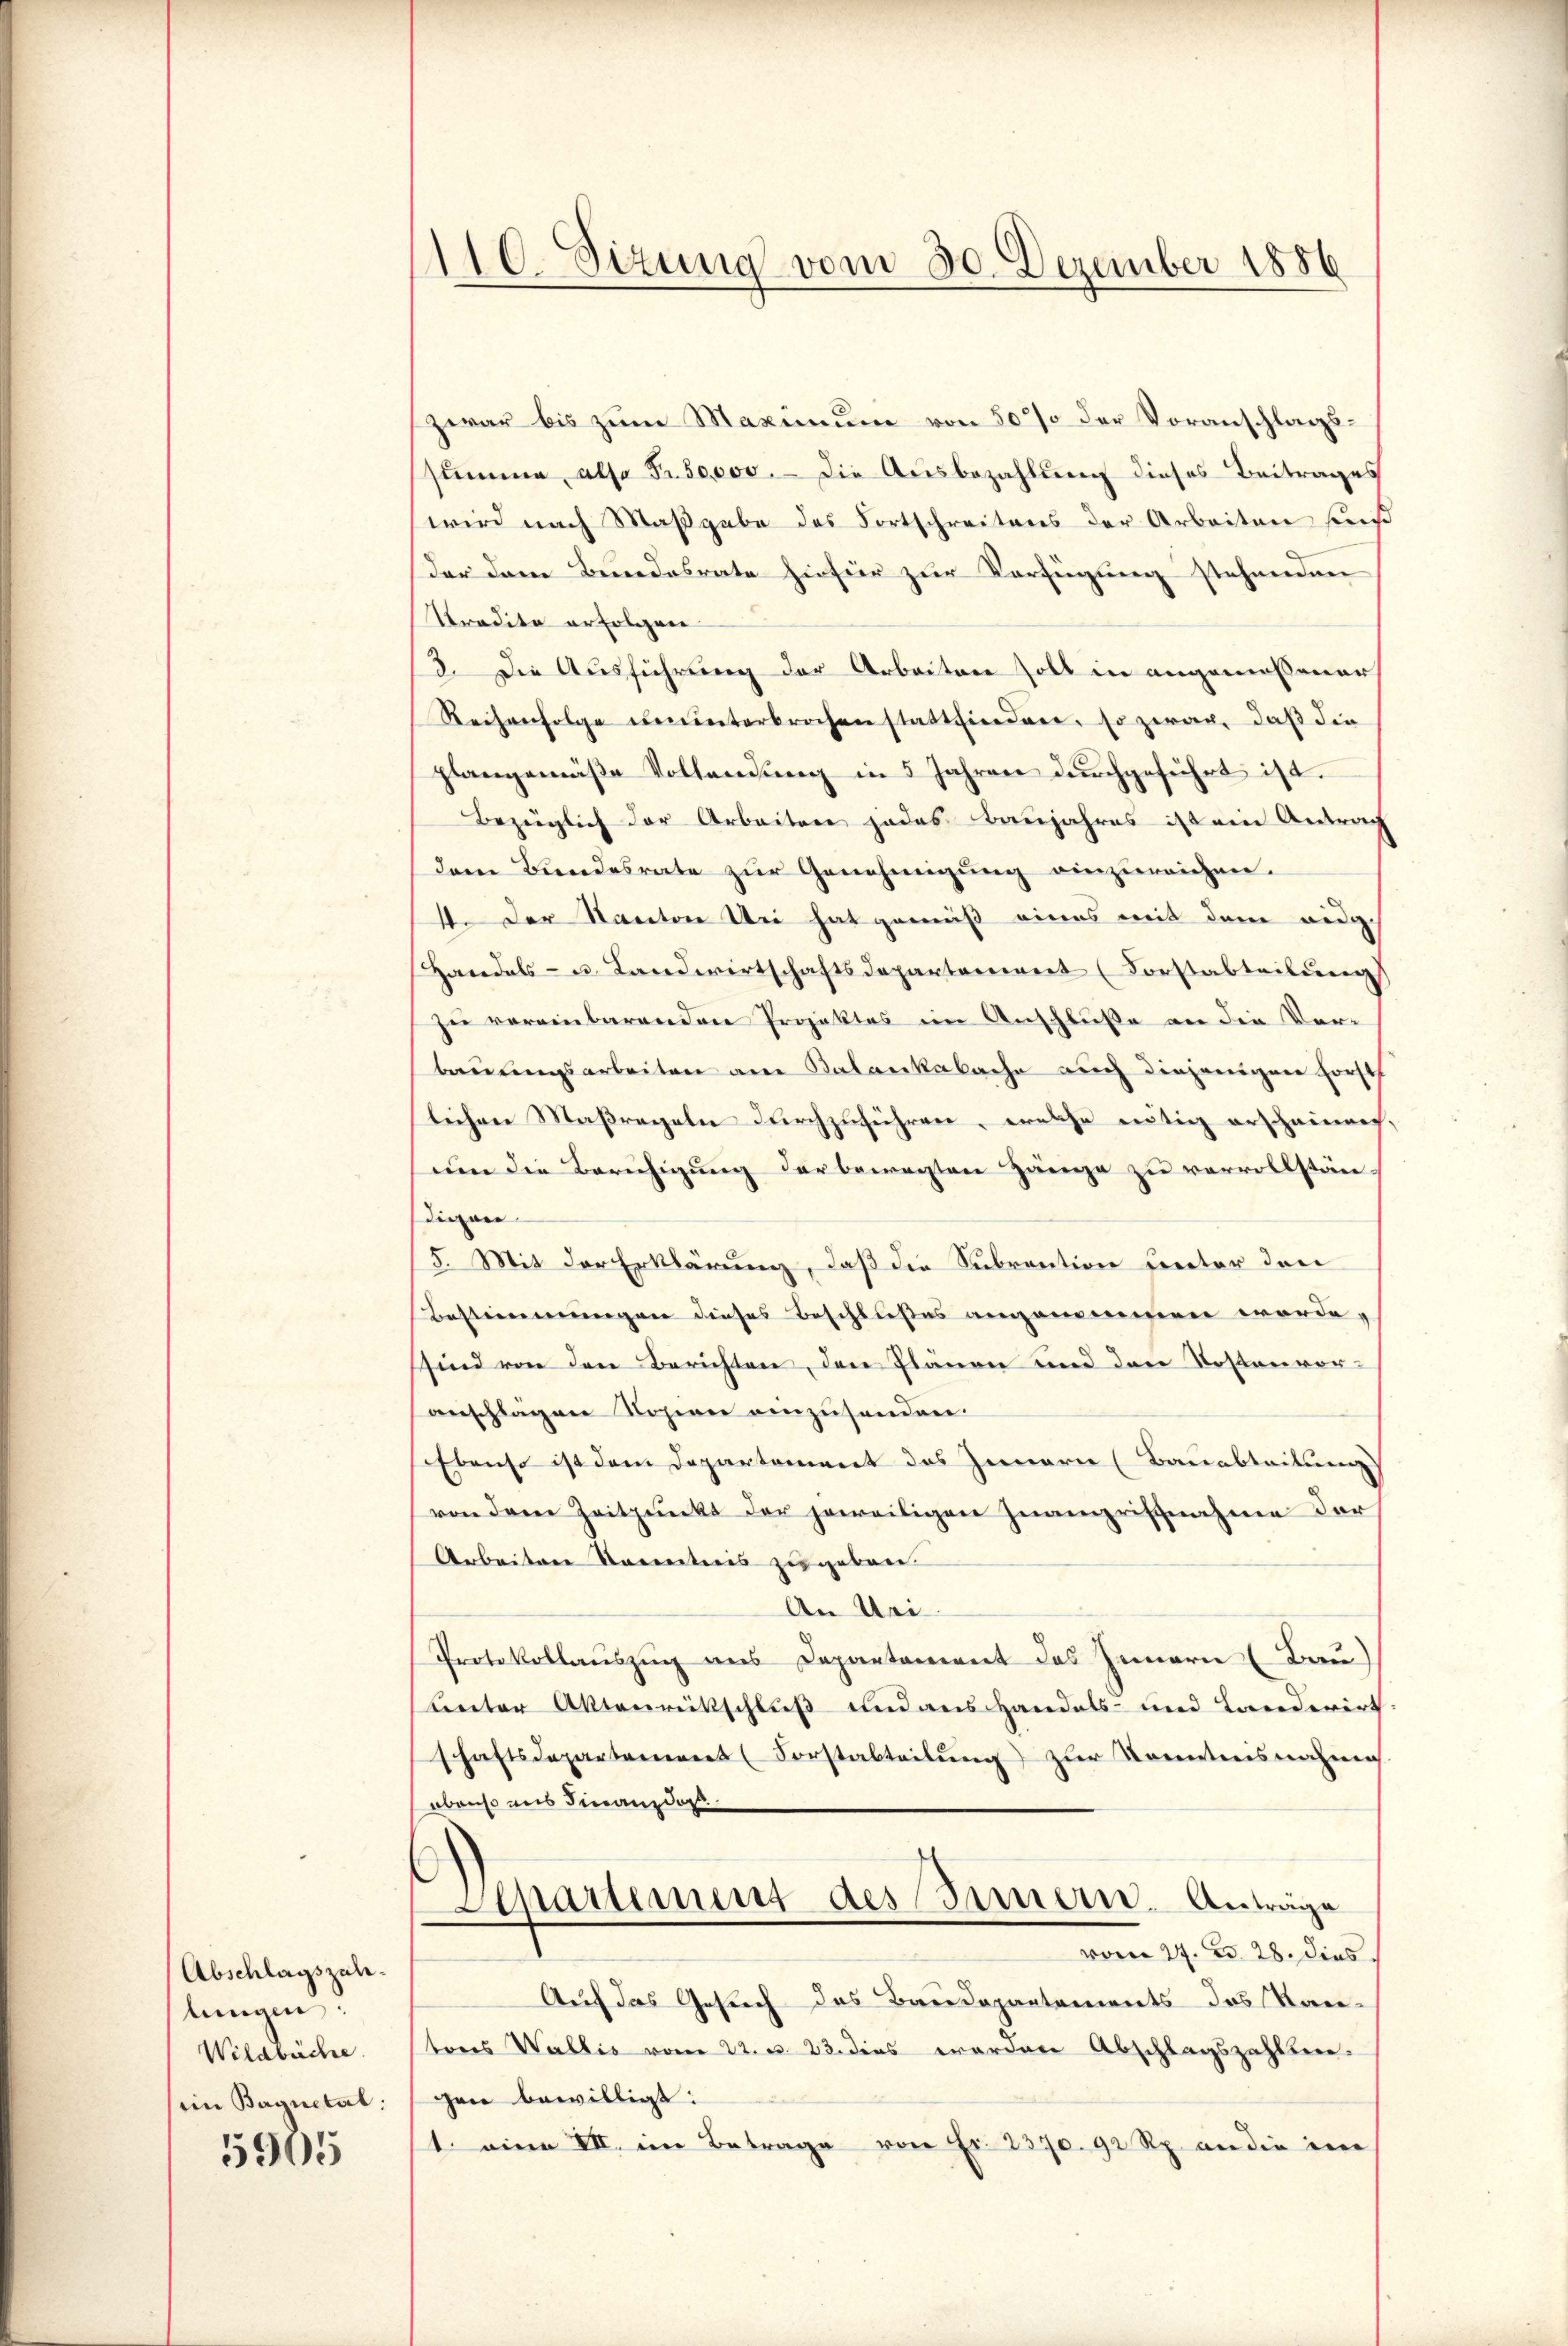
Abschlagszalilungen:
Wildbüche.
im Baguetal.

5905

1110. Sizung vom 30. Dezember 1886

zwar bis zum Maximum von 50% der Voranschlagsstimme, also Fr. 50,000. - Die Ausbezahlung dieses Beitrages
wird nach Maßgabe des Fortschreitens der Arbeiten fuß
der dem Bundesrate hiefür zur Verfügung stehenden
Tradita erfolgen
3. Die Ausführung der Arbeiten soll in angemessener
Reihenfolge ununterbrochen stattfinden, so zwar, daß die
plangemäße Vollendung in 5 Jahren durchgeführt ist.
Bezüglich der Arbeiten jedes Baŭjahres ist ein Antrag
dem Bundesrate zŭr Genehmigŭng einzureichen.
1. Der Kanton Uri hat gemäß eines mit dem eidg
Handels- u. Landwirtschaftsdepartement (Forstabteilung
zu vereinbarenden Projektes im Anschluße an die Verbauungsarbeiten am Katankabache auch diejenigen Forsch
lichen Maßregeln durchzuführen, welche nötig erscheinen,
um die Beruhigung der bewegten Zänge zu vervollständigen
5. Mit der Erklärung, daß die Subvention secter den
Bestimmungen dieses Beschlusses angenommen werde.
sind von den Berichten, den Plänen und den Kostenvor-
anschlägen Losien einzusenden.
Ebenso ist dem Departement des Innern (Bauabteilung
von dem Zeitpunkt der jeweiligen Inangriffnahme der
Arbeiten kanntnis zugeben.
An Uri.
Protokollauszug aus Departement das Innern (Bau)
Lnter Aktenrückschluß und aus Handels- und Landerirt.
schaftsdepartement (Forstabteilung zur Kommnisnahme
ebenso uns Finanzdar
Departement des Innern. Anträge
vom 27. d. 28. dies
Auf das Gesich des Baudepartements das Kan-
tores Wallis vom 22. d. 23. dies worden Abschlagszahlten.
gen bewilligt:
1. eine VII. im Betrage von Fr. 2370. 92 Rp. an die im